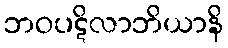
ဘဝပဋိလာဘိယာနိ